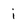
Character: i